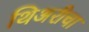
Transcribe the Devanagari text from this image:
थिअरीचा